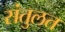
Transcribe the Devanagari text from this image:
संतुलत